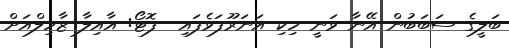
ބަލީގެ ސަބަބުން އޭނާ ވަނީ ހިކި އަނަރޫފަވެފައި  ފޮޓޯ: އާއިލާ ޒާހިލްއަށް